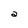
Character: a